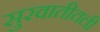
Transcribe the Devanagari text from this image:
सुरवातीतली